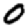
Digit: 0